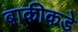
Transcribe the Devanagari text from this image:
बाकीकडे